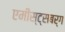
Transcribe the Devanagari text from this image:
एमीस्ट्सबर्ग